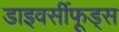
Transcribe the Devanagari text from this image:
डाइवर्सीफूड्स